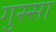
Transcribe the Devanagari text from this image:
गुस्‍सा